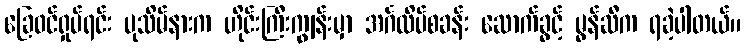
ခြေဝင်ရှုပ်ရင်း ပုသိမ်နားက ဟိုင်းကြီးကျွန်းမှာ အင်္ဂလိပ်စခန်း ဆောက်ခွင့် မွန်ဆီက ရခဲ့ပါတယ်။